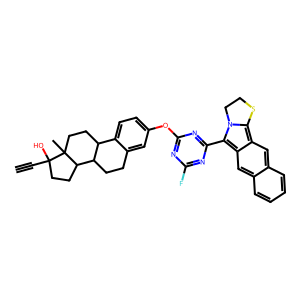
SMILES: C#CC1(O)CCC2C3CCc4cc(Oc5nc(F)nc(-c6c7cc8ccccc8cc7c7n6CCS7)n5)ccc4C3CCC21C
Inhibits HIV replication: No